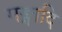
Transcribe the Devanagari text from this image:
गङ्गादि